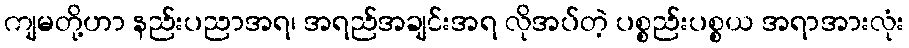
ကျမတို့ဟာ နည်းပညာအရ၊ အရည်အချင်းအရ လိုအပ်တဲ့ ပစ္စည်းပစ္စယ အရာအားလုံး